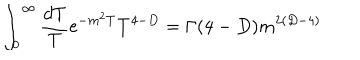
\int _ { 0 } ^ { \infty } { \frac { d T } { T } } \mathrm { e } ^ { - m ^ { 2 } T } T ^ { 4 - D } = \Gamma ( 4 - D ) m ^ { 2 ( D - 4 ) }